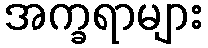
အက္ခရာများ